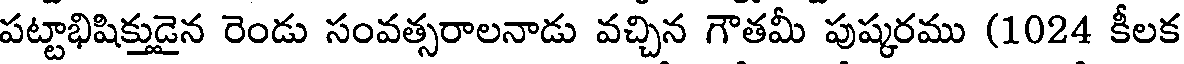
పట్టాభిషిక్తుడైన రెండు సంవత్సరాలనాడు వచ్చిన గౌతమీ పుష్కరము (1024 కీలక